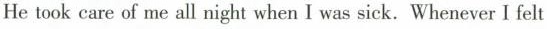
He took care of me all night when I was sick, Whenever I felt